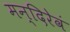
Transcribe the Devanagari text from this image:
मन्दिरेवं